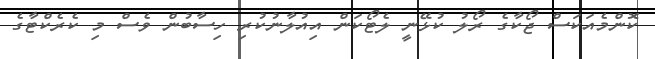
ކޮންމެއަކަސް ޖޯކާގެ ރޯލު ކުޅޭނީ ލެޓޯކަން އިއުލާނުކުރި ހިސާބުން ވެސް މި ކެރެކްޓާގެ